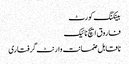
بینکنگ کورٹ
فاروق ایچ نائیک
ناقابل ضمانت وارنٹ گرفتاری